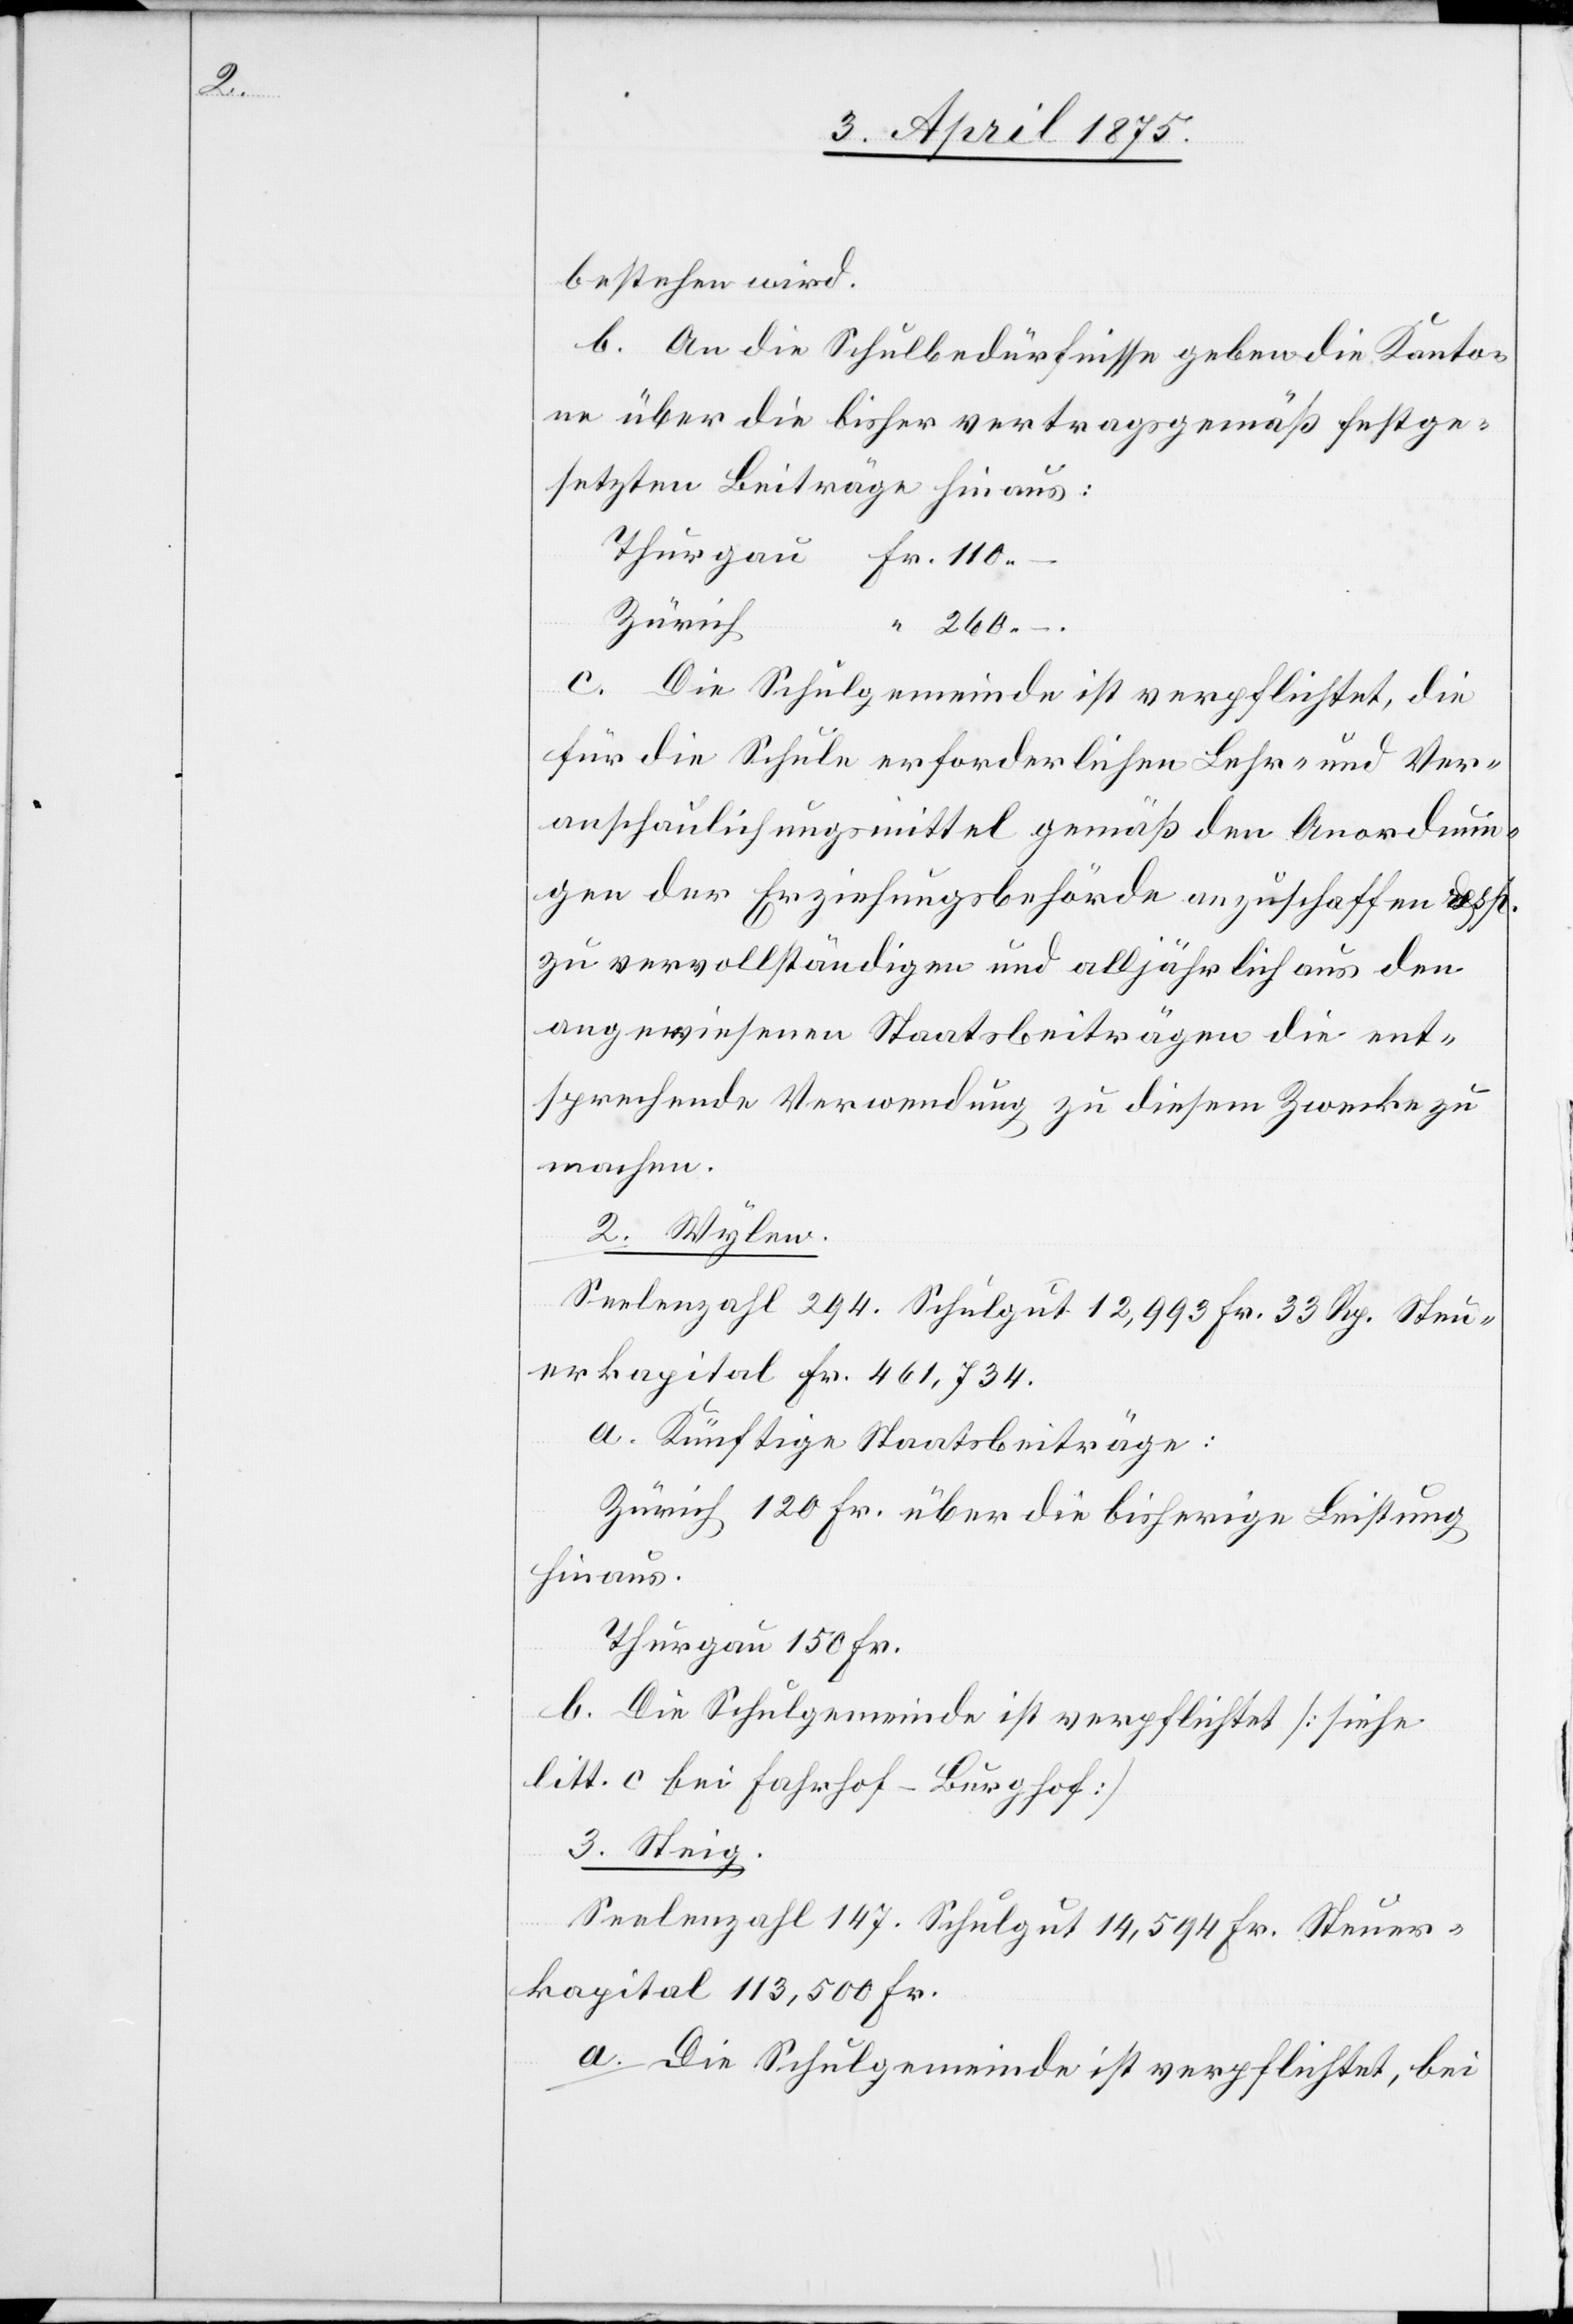
bestehen wird.
b. An die Schulbedürfnisse geben die Kanton¬
e über die bisher vertragsgemäß festge¬
setzten Beiträge hinaus:
Zürich
–.
c. Die Schulgemeinde ist verpflichtet, die
für die Schule erforderlichen Lehr- und Ver¬
anschaulichungsmittel gemäß den Anordnun¬
gen der Erziehungsbehörde anzuschaffen resp.
zu vervollständigen und alljährlich aus den
angewiesenen Staatsbeiträgen die ent¬
sprechende Verwendung zu diesem Zwecke zu
machen.
2. Wylen.
Seelenzahl 294. Schulgut 12,993 Fr. 22 Rp. Steu¬
erkapital Fr. 461,734.
a. Künftige Staatsbeiträge:
Zürich 120 Fr. über die bisherige Leistung
hinaus.
Thurgau 150 Fr.
b. Die Schulgemeinde ist verpflichtet [siehe
litt. c bei Fahrhof-Burghof].
3. Steig
Seelenzahl 147. Schulgut 14,594 Fr. Steuer¬
kapital 113,500 Fr.
a. Die Schulgemeinde ist verpflichtet, bei